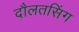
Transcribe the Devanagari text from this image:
दौलतसिंग